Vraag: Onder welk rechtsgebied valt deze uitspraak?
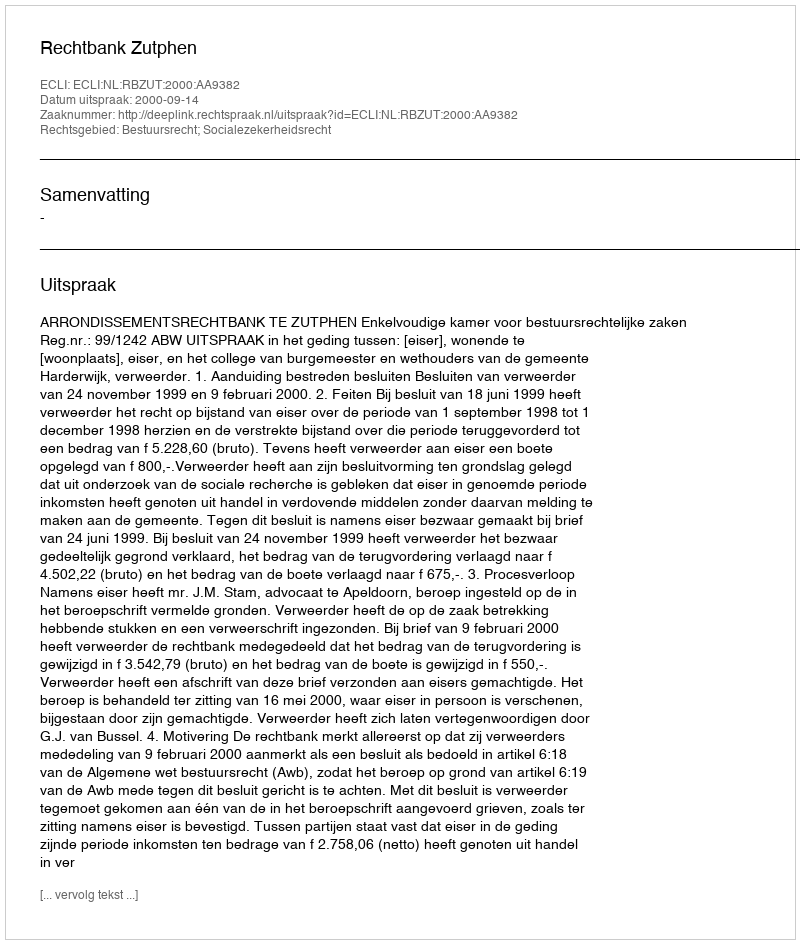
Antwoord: Bestuursrecht; Socialezekerheidsrecht